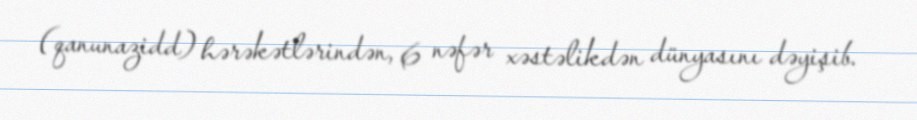
(qanunazidd) hərəkətlərindən, 6 nəfər xəstəlikdən dünyasını dəyişib.